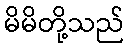
မိမိတို့သည်